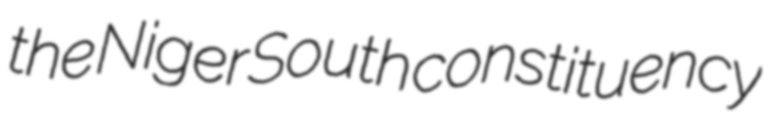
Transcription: the Niger South constituency